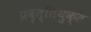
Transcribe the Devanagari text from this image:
प्रवृत्तियुक्त